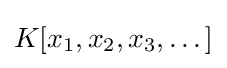
K[x_{1},x_{2},x_{3},\dots ]